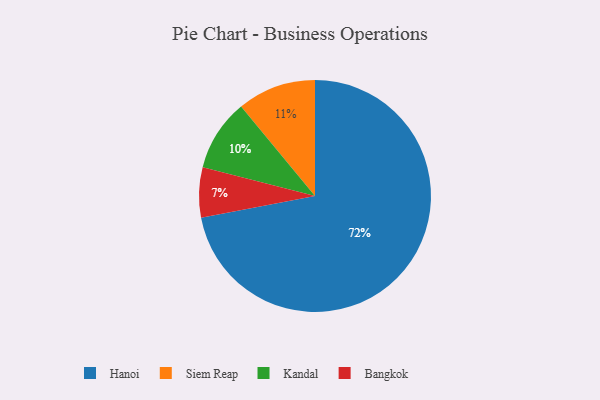
{"axis": {"x": "Category", "y": "Percentage"}, "legend": ["Bangkok", "Hanoi", "Kandal", "Siem Reap"], "data": [{"x": "Kandal", "y": 10, "type": "Kandal"}, {"x": "Hanoi", "y": 72, "type": "Hanoi"}, {"x": "Bangkok", "y": 7, "type": "Bangkok"}, {"x": "Siem Reap", "y": 11, "type": "Siem Reap"}]}